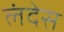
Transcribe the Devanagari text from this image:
लंदेस